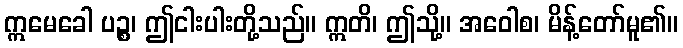
ဣမေခေါ ပဉ္စ၊ ဤငါးပါးတို့သည်။ ဣတိ၊ ဤသို့။ အဝေါစ၊ မိန့်တော်မူ၏။